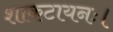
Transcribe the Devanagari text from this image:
शाकटायनः।